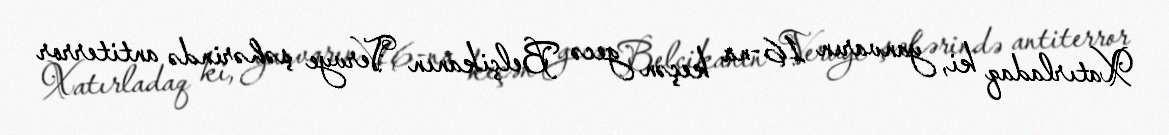
Xatırladaq ki, yanvarın 16-na keçən gecə Belçikanın Vervye şəhərində antiterror